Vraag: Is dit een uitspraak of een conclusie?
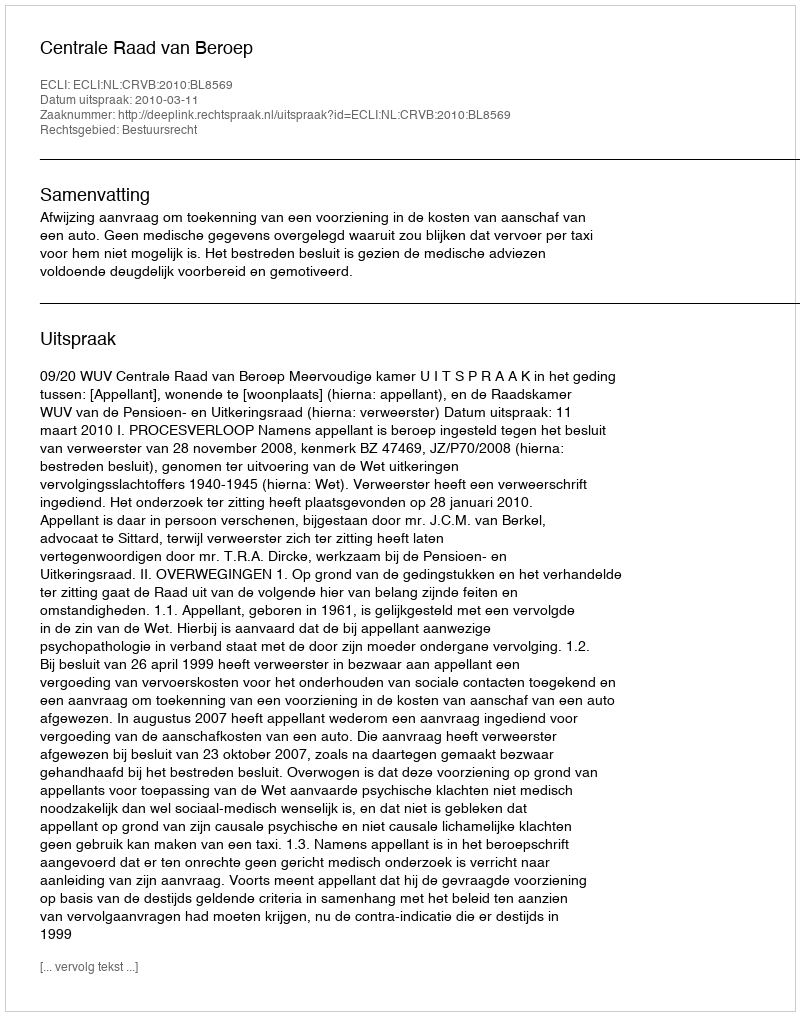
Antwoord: Uitspraak